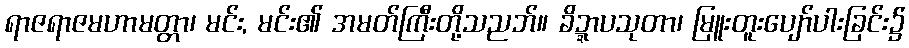
ရာဇရာဇမဟာမတ္တာ၊ မင်း, မင်း၏ အမတ်ကြီးတို့သညဘ်။ ခိဍ္ဍာပသုတာ၊ မြူးတူးပျော်ပါးခြင်း၌